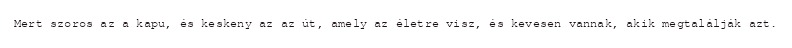
Mert szoros az a kapu, és keskeny az az út, amely az életre visz, és kevesen vannak, akik megtalálják azt.